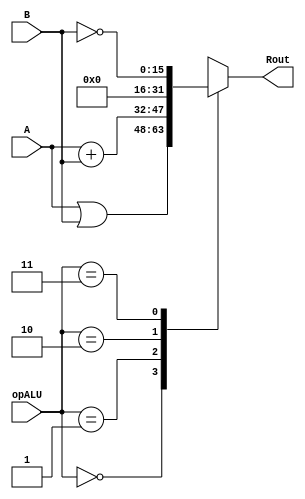
module alu(A, B, opALU, Rout);
input[15:0] A;
input[15:0] B;
input[1:0] opALU;
output reg[15:0] Rout;

always @(*)
case(opALU)
    2'b00: Rout = A | B;
    2'b01: Rout = A + B;
    2'b10: Rout = 16'b0;
    //ACC_reg is connected to port B
    2'b11: Rout = ~B;
    default: Rout = 16'b0;
endcase
endmodule